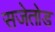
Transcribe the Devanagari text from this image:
सजेतोड